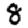
Digit: 8